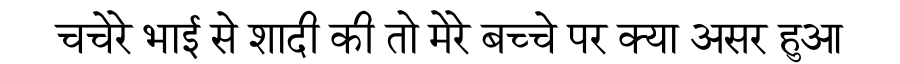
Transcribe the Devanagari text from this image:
चचेरे भाई से शादी की तो मेरे बच्चे पर क्या असर हुआ